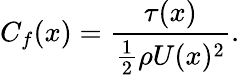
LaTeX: C_{f}(x)=\frac{\tau(x)}{\frac{1}{2}\rho U(x)^{2}}.